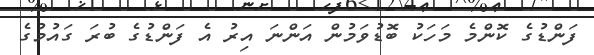
ފަންޑުގެ ކޮންމެ މަހަކު ބޮޑުވަމުން އަންނަ އިރު އެ ފަންޑުގެ ބުރަ ގައުމުގެ